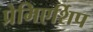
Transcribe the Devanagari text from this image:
प्रेमिएर्शिप